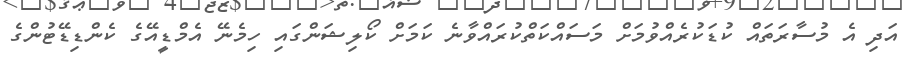
އަދި އެ މުސާރަތައް ކުޑަކުރެއްވުމަށް މަސައްކަތްކުރައްވާނެ ކަމަށް ކޯލިޝަންގައި ހިމެނޭ އެމްޑީއޭގެ ކެންޑިޑޭޓުންގެ